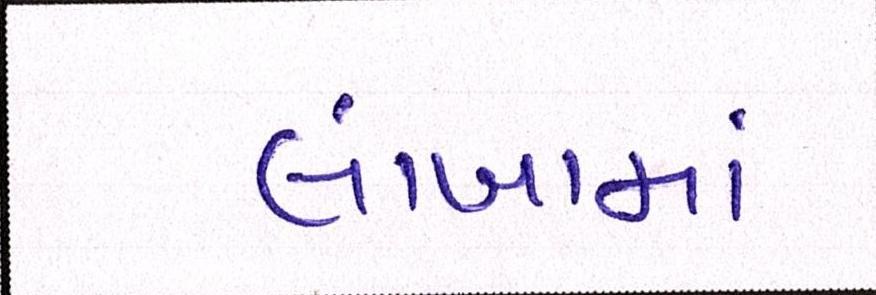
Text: લાંબામાં